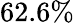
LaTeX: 62.6\%